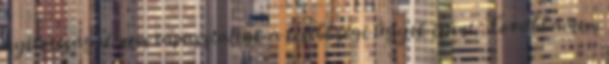
nyitottságot nem tapasztaltak a kisebbségi ügyek iránt. Továbbá nem